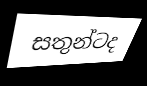
සතුන්ටද